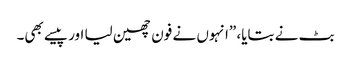
بٹ نے بتایا، ”انہوں نے فون چھین لیا اور پیسے بھی۔